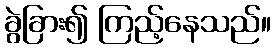
ခွဲခြား၍ ကြည့်နေသည်။